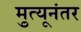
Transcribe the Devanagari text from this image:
मृुत्यूनंतर